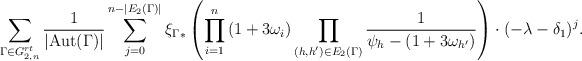
LaTeX: \begin{align*}\sum_{\Gamma\in {G}^{rt}_{2,n}} \frac{1}{|{\rm Aut}(\Gamma)|} \sum_{j=0}^{n-|E_2(\Gamma)|} {\xi_{\Gamma}}_*\left(\prod_{i=1}^n \left(1+3\omega_i\right) \prod_{(h,h')\in E_2(\Gamma)} \frac{1}{\psi_h-(1+3\omega_{h'})} \right)\cdot (-\lambda - \delta_1)^{j}.\end{align*}